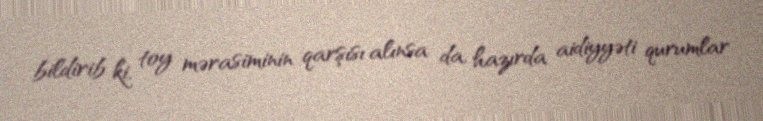
bildirib ki, toy mərasiminin qarşısı alınsa da, hazırda aidiyyəti qurumlar